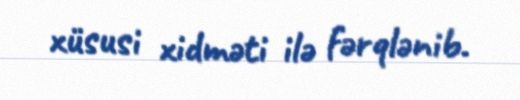
xüsusi xidməti ilə fərqlənib.